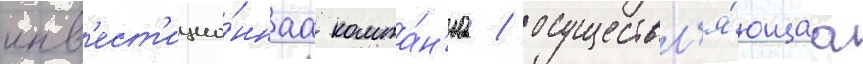
инв'ест'ицио́ннаа компа́н'иа / осуществл'я́ющаа